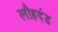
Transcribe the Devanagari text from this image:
लौहदंड